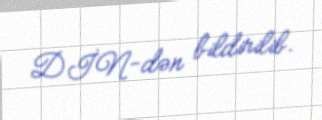
DİN-dən bildirilib.